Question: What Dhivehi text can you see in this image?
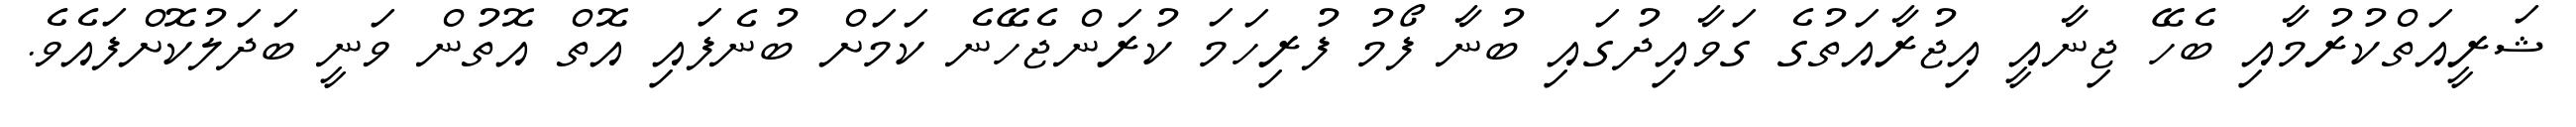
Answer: ޝަރީއަތްކުރުމާއި ބެހޭ ޖިނާއީ އިޖުރާއަތުގެ ގަވާއިދުގައި ބުނާ ފޯމު ފުރިހަމަ ކުރަންޖެހޭނެ ކަމަށް ބުނެފައި އޮތް އޮތުން ވަނީ ބަދަލުކޮށްފައެވެ.